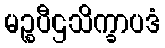
မဉ္စပီဌသိက္ခာပဒံ